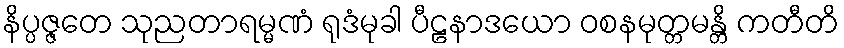
နိပ္ပဇ္ဇတေ သုညတာရမ္မဏံ ရုဒံမုခါ ပီဠနာဒယော ဝစနမုတ္တမန္တိ ကတီတိ